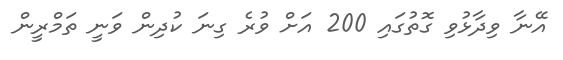
އޭނާ ވިދާޅުވި ގޮތުގައި 200 އަށް ވުރެ ގިނަ ކުދިން ވަނީ ތަމްރީން